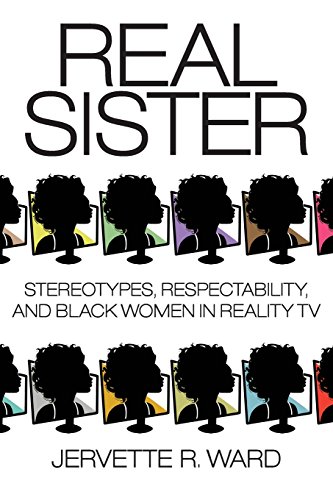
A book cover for Real Sister: Stereotypes, Respectability, and Black Women in Reality TV; Humor & Entertainment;